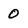
Character: 0